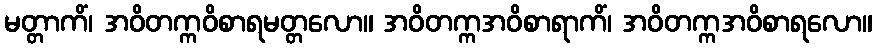
မတ္တာကိံ၊ အဝိတက္ကဝိစာရမတ္တလော။ အဝိတက္ကအဝိစာရာကိံ၊ အဝိတက္ကအဝိစာရလော။